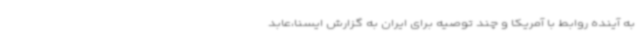
به آینده روابط با آمریکا و چند توصیه برای ایران به گزارش ایسنا،عابد